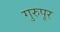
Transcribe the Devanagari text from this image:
गुरुपूर